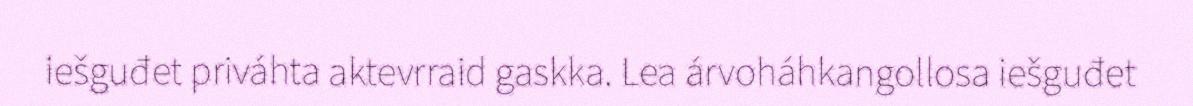
iešguđet priváhta aktevrraid gaskka. Lea árvoháhkangollosa iešguđet